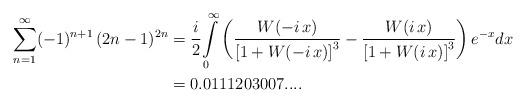
LaTeX: \begin{align*}{\displaystyle\sum\limits_{n=1}^{\infty}}(-1)^{n+1}\,(2n-1)^{2n} & =\frac{i}{2}{\displaystyle\int\limits_{0}^{\infty}}\left( \frac{W(-i\,x)}{\left[ 1+W(-i\,x)\right] ^{3}}-\frac{W(i\,x)}{\left[ 1+W(i\,x)\right] ^{3}}\right) e^{-x}dx\\& =0.0111203007....\end{align*}